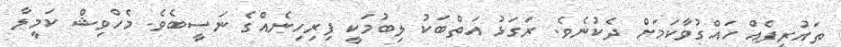
ތައުރީފެއް ހައްގުވާކަމަށް ދެކުނެވެ. ރަގަޅު އަތްބަކު ލިބުމަކީ ފިރިހިނެއްގެ ނަސީބެވެ. މެހްވިޝް ކަމީލާ